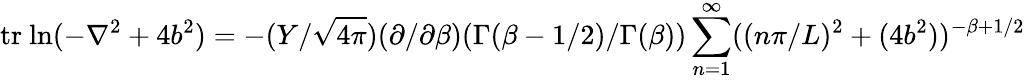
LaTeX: \mathrm{tr~ln}(-\nabla^{2}+4b^{2})=-(Y/\sqrt{4\pi})(\partial/\partial\beta)(\Gamma(\beta-1/2)/\Gamma(\beta))\sum_{n=1}^{\infty}((n\pi/L)^{2}+(4b^{2}))^{-\beta+1/2}